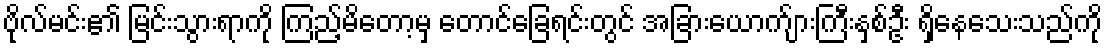
ဗိုလ်မင်း၏ မြင်းသွားရာကို ကြည့်မိတော့မှ တောင်ခြေရင်းတွင် အခြားယောက်ျားကြီးနှစ်ဦး ရှိနေသေးသည်ကို